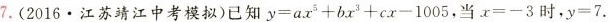
7.(2016·江苏靖江中考模拟)已知$$y=ax^{5}+bx^{3}+cx-1005$$，当$$x=-3$$时，$$y=7$$.